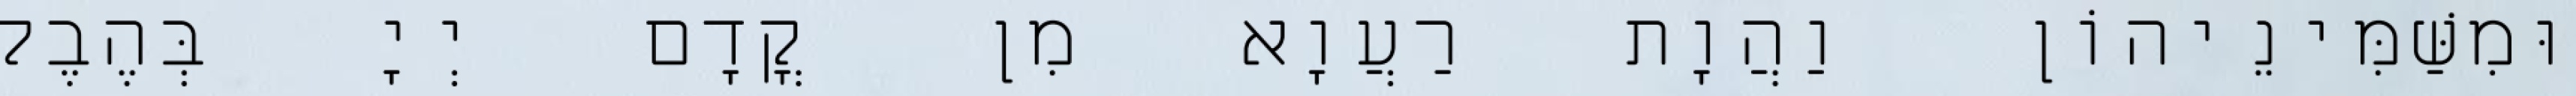
וּמִשַּׁמִּינֵיהוֹן וַהֲוָת רַעֲוָא מִן קֳדָם יְיָ בְּהֶבֶל